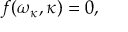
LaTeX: f ( \omega _ { \kappa } , \kappa ) = 0 ,